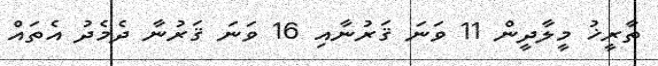
ތާރީޚު މީލާދީން 11 ވަނަ ޤަރުނާއި 16 ވަނަ ޤަރުނާ ދެމެދު އެތައް